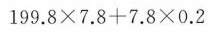
199.8 \times 7.8+7.8\times 0.2